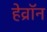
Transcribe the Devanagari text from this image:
हेव्रॉन